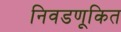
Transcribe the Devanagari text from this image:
निवडणूकित